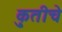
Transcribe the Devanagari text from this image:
कृुतीचे